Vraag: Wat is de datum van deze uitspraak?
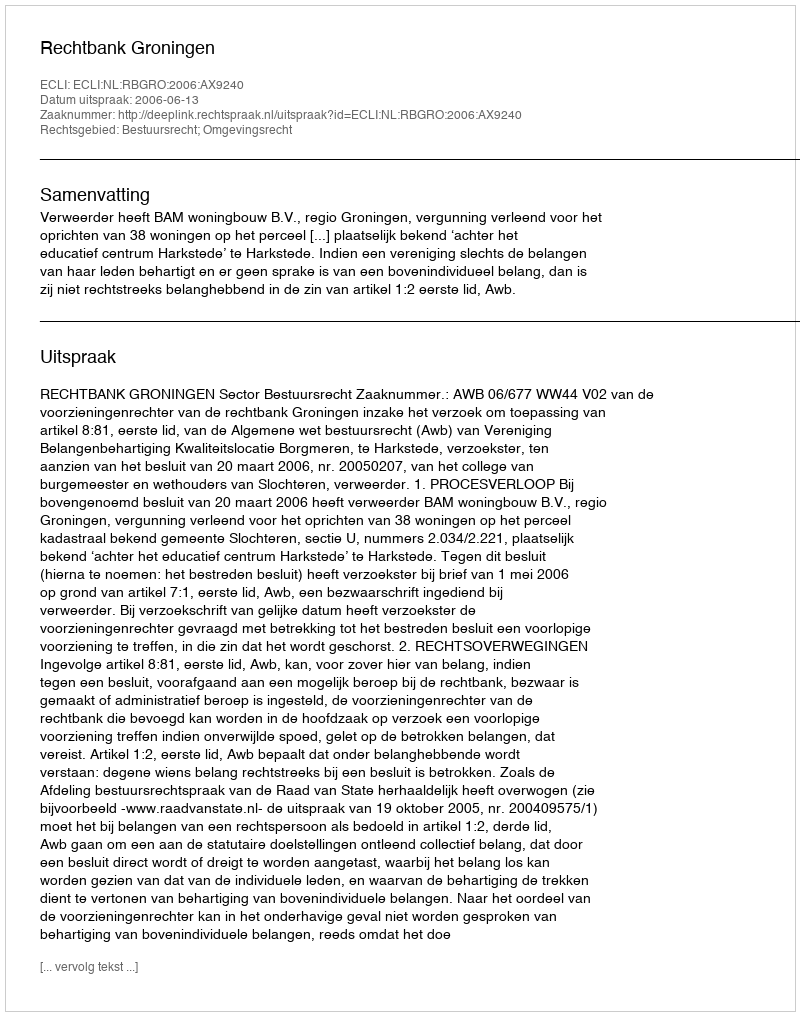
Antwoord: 2006-06-13